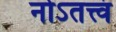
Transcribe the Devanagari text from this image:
नोऽतत्त्वं